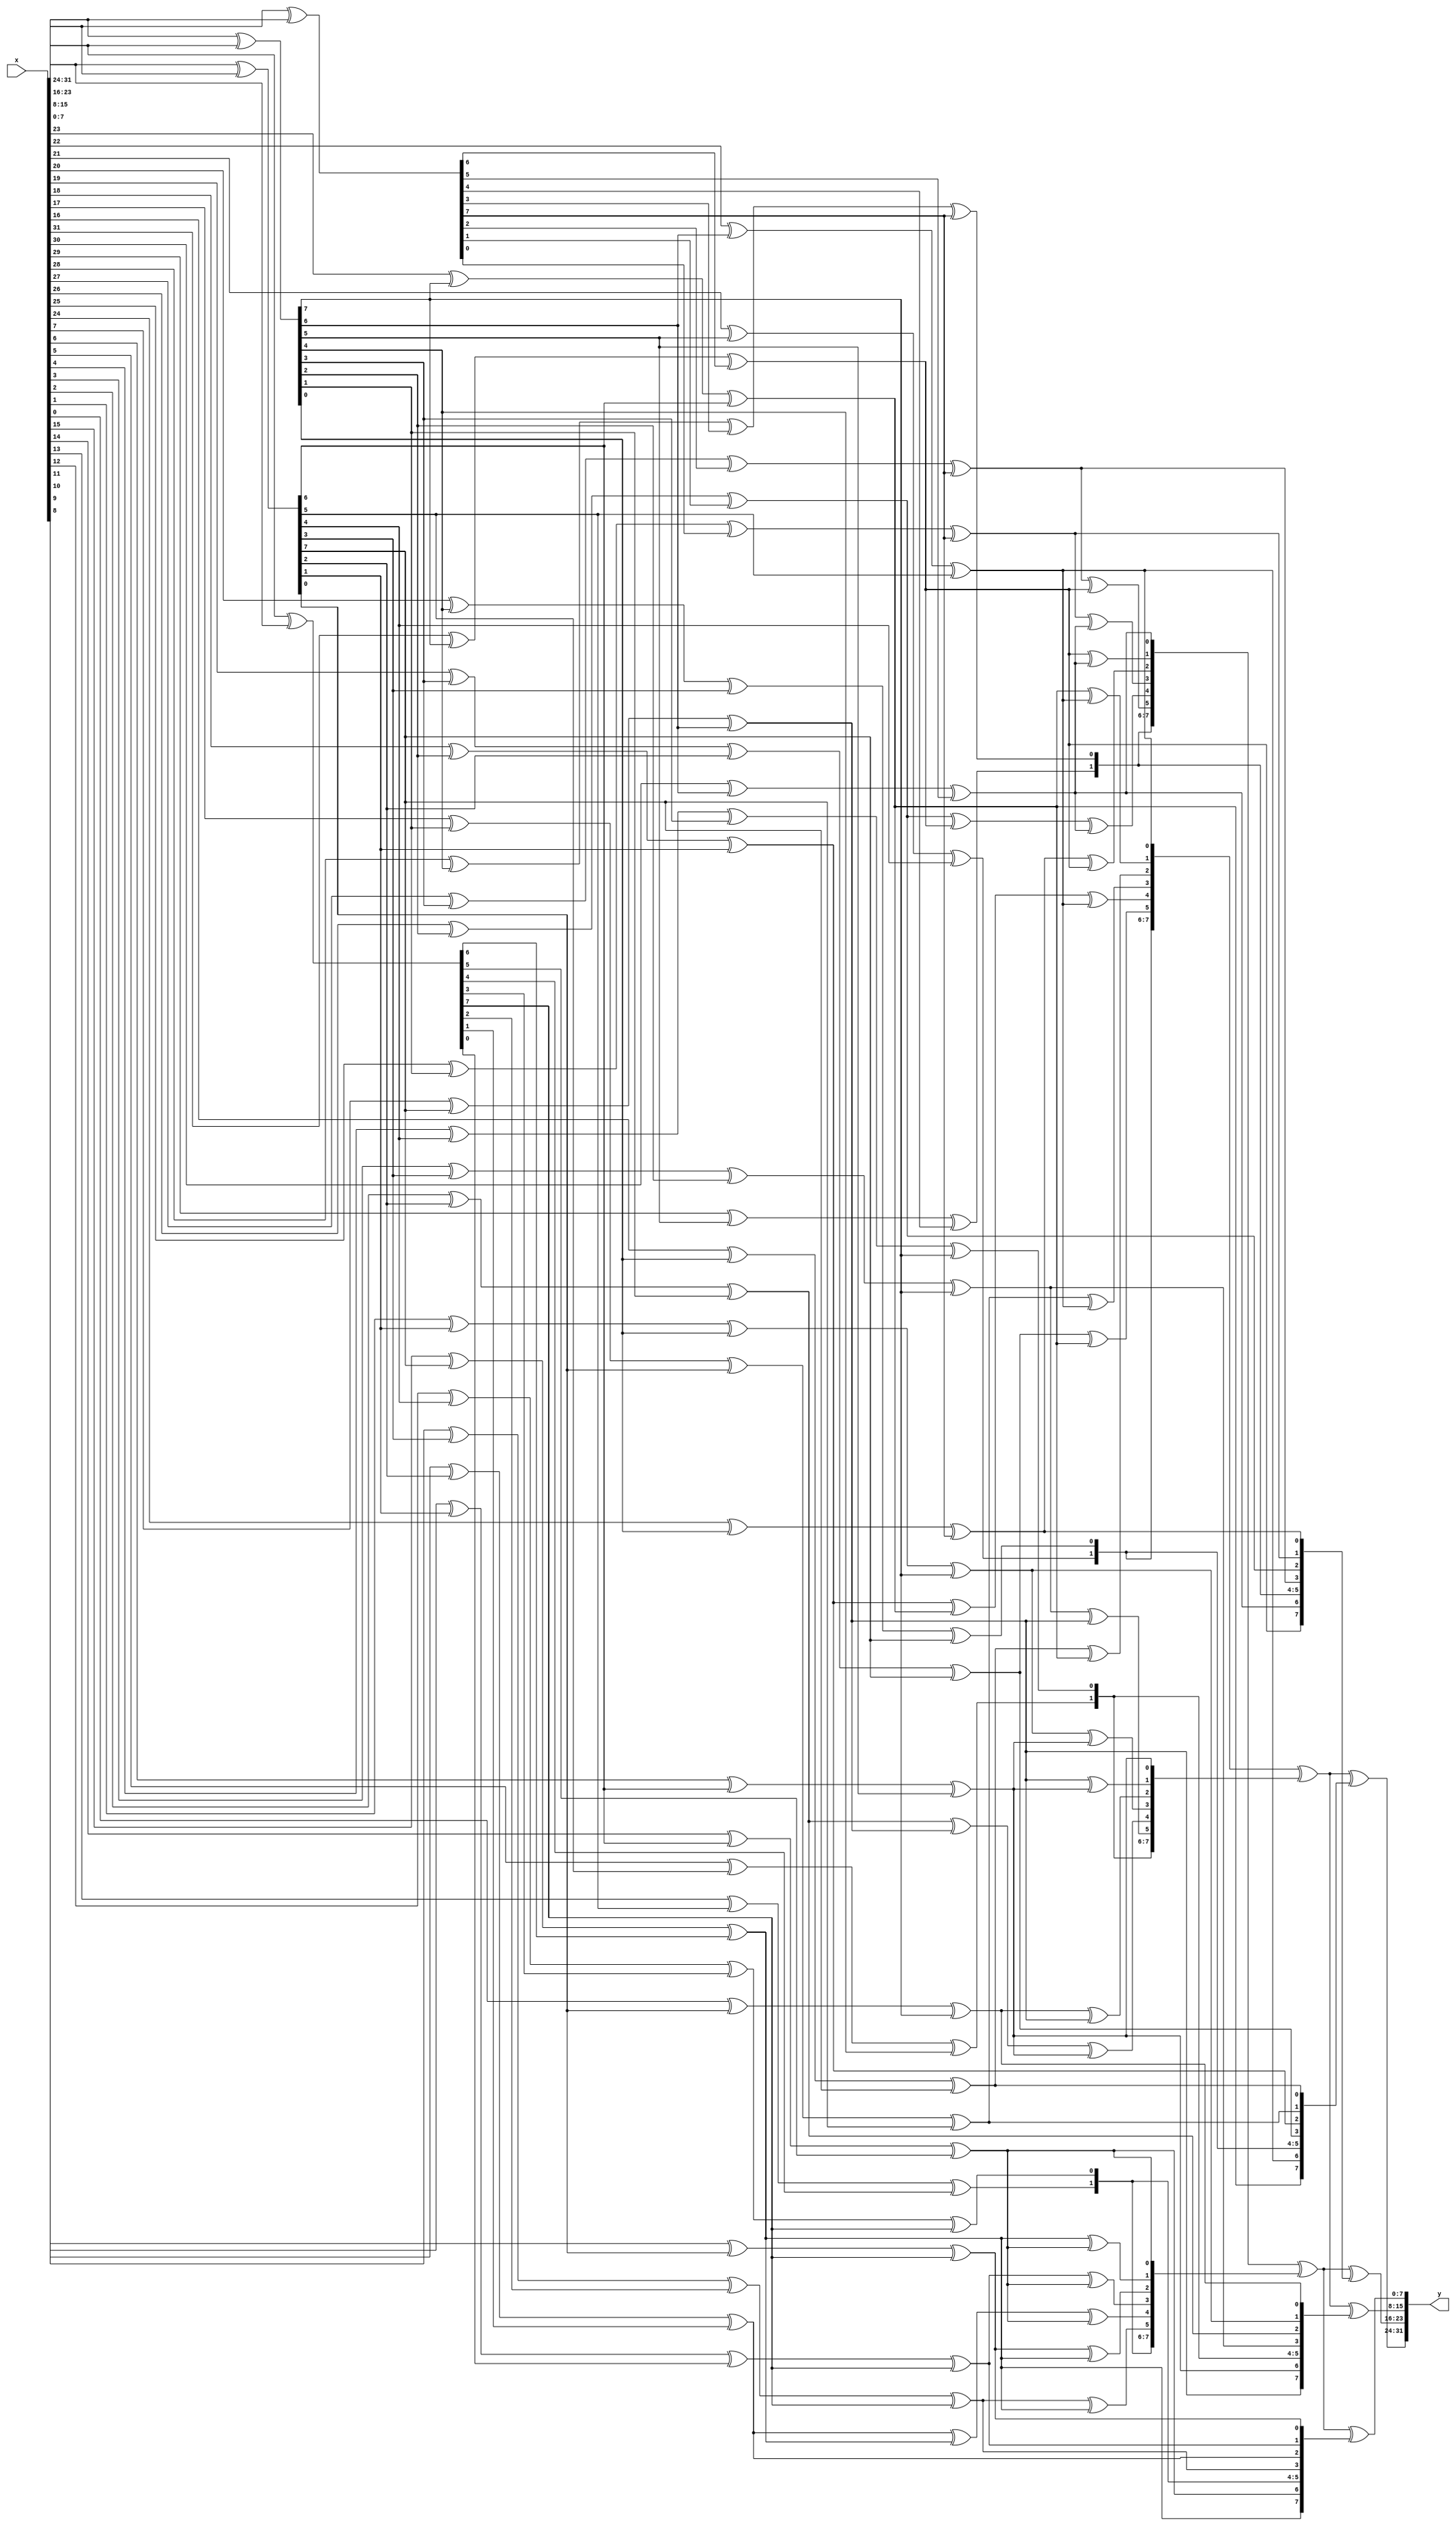
`timescale 1ns / 1ps


module InvMixColumns(
    x, y
    );
    input  [31:0]  x;
    output [31:0]  y;
    
    wire [7:0] a3, a2, a1, a0, b3, b2, b1, b0;
    wire [7:0] c3, c2, c1, c0, d3, d2, d1, d0;
    
    assign a3 = x[31:24];
    assign a2 = x[23:16];
    assign a1 = x[15: 8];
    assign a0 = x[ 7: 0];
    
    assign b3 = a3 ^ a2;
    assign b2 = a2 ^ a1;
    assign b1 = a1 ^ a0;
    assign b0 = a0 ^ a3;
    
    assign c3 = {a2[7] ^ b1[7] ^ b3[6],
                 a2[6] ^ b1[6] ^ b3[5],
                 a2[5] ^ b1[5] ^ b3[4],
                 a2[4] ^ b1[4] ^ b3[3] ^ b3[7],
                 a2[3] ^ b1[3] ^ b3[2] ^ b3[7],
                 a2[2] ^ b1[2] ^ b3[1],
                 a2[1] ^ b1[1] ^ b3[0] ^ b3[7],
                 a2[0] ^ b1[0] ^ b3[7]};
    assign c2 = {a3[7] ^ b1[7] ^ b2[6],
                 a3[6] ^ b1[6] ^ b2[5],
                 a3[5] ^ b1[5] ^ b2[4],
                 a3[4] ^ b1[4] ^ b2[3] ^ b2[7],
                 a3[3] ^ b1[3] ^ b2[2] ^ b2[7],
                 a3[2] ^ b1[2] ^ b2[1],
                 a3[1] ^ b1[1] ^ b2[0] ^ b2[7],
                 a3[0] ^ b1[0] ^ b2[7]};
    assign c1 = {a0[7] ^ b3[7] ^ b1[6],
                 a0[6] ^ b3[6] ^ b1[5],
                 a0[5] ^ b3[5] ^ b1[4],
                 a0[4] ^ b3[4] ^ b1[3] ^ b1[7],
                 a0[3] ^ b3[3] ^ b1[2] ^ b1[7],
                 a0[2] ^ b3[2] ^ b1[1],
                 a0[1] ^ b3[1] ^ b1[0] ^ b1[7],
                 a0[0] ^ b3[0] ^ b1[7]};
    assign c0 = {a1[7] ^ b3[7] ^ b0[6],
                 a1[6] ^ b3[6] ^ b0[5],
                 a1[5] ^ b3[5] ^ b0[4],
                 a1[4] ^ b3[4] ^ b0[3] ^ b0[7],
                 a1[3] ^ b3[3] ^ b0[2] ^ b0[7],
                 a1[2] ^ b3[2] ^ b0[1],
                 a1[1] ^ b3[1] ^ b0[0] ^ b0[7],
                 a1[0] ^ b3[0] ^ b0[7]};
    assign d3 = {c3[5], c3[4], c3[3] ^ c3[7], c3[2] ^ c3[7] ^ c3[6],
                 c3[1] ^ c3[6], c3[0] ^ c3[7], c3[7] ^ c3[6], c3[6]};
    assign d2 = {c2[5], c2[4], c2[3] ^ c2[7], c2[2] ^ c2[7] ^ c2[6],
                 c2[1] ^ c2[6], c2[0] ^ c2[7], c2[7] ^ c2[6], c2[6]};
    assign d1 = {c1[5], c1[4], c1[3] ^ c1[7], c1[2] ^ c1[7] ^ c1[6],
                 c1[1] ^ c1[6], c1[0] ^ c1[7], c1[7] ^ c1[6], c1[6]};
    assign d0 = {c0[5], c0[4], c0[3] ^ c0[7], c0[2] ^ c0[7] ^ c0[6],
                 c0[1] ^ c0[6], c0[0] ^ c0[7], c0[7] ^ c0[6], c0[6]};
    assign y  = {d3 ^ d1 ^ c3, d2 ^ d0 ^ c2, d3 ^ d1 ^ c1, d2 ^ d0 ^ c0};
endmodule